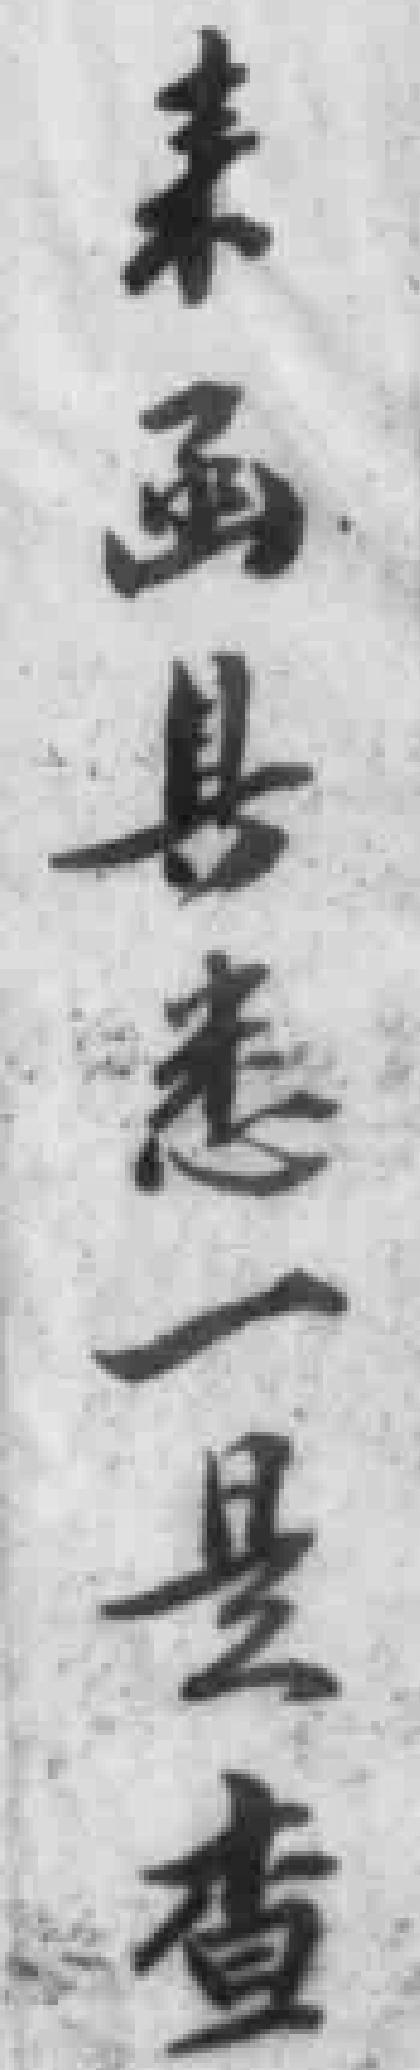
來函具悉一是查